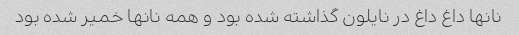
نانها داغ داغ در نایلون گذاشته شده بود و همه نانها خمیر شده بود